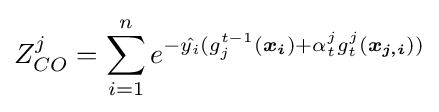
Z_{CO}^{j}=\sum _{i=1}^{n}e^{-{\hat {y_{i}}}(g_{j}^{t-1}({\boldsymbol {x_{i}}})+\alpha _{t}^{j}g_{t}^{j}({\boldsymbol {x_{j,i}}}))}